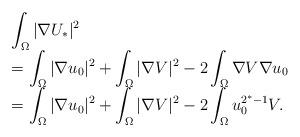
LaTeX: \begin{align*}\begin{array}{ll}\displaystyle\int_{\Omega}|\nabla U_*|^2\\=\displaystyle\int_\Omega |\nabla u_0|^2+\int_\Omega |\nabla V|^2-\displaystyle 2\int_\Omega \nabla V\nabla u_0\\=\displaystyle\int_\Omega |\nabla u_0|^2+\int_\Omega |\nabla V|^2-\displaystyle 2\int_\Omega u_0^{2^*-1}V.\\\end{array}\end{align*}